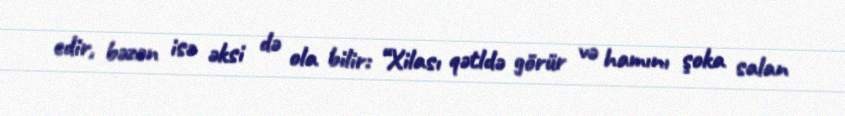
edir, bəzən isə əksi də ola bilir: “Xilası qətldə görür və hamını şoka salan